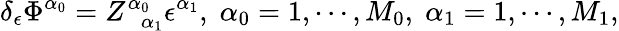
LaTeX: \delta_{\epsilon}\Phi^{\alpha_{0}}=Z_{\; \; \alpha_{1}}^{\alpha_{0}}\epsilon^{\alpha_{1}},\; \alpha_{0}=1,\cdots,M_{0},\; \alpha_{1}=1,\cdots,M_{1},